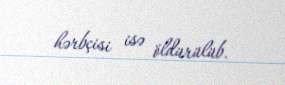
hərbçisi isə öldürülüb.